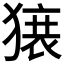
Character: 𬍀